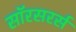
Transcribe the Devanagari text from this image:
सॉरसरर्स